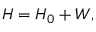
\begin{array} { r } { H = H _ { 0 } + W , } \end{array}